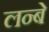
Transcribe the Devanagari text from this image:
लन्बे